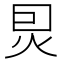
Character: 𤇀